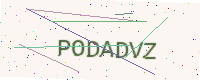
Text: PODADVZ